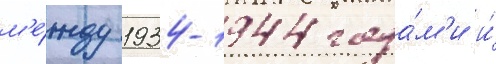
м'е́жду 1934-1944 года́м'и и́